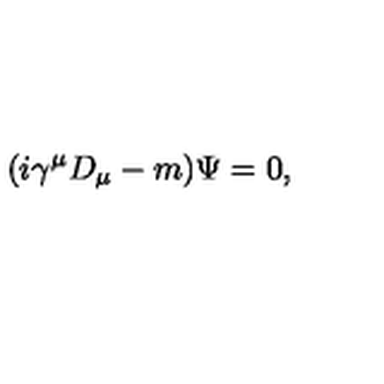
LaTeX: ( i \gamma ^ { \mu } D _ { \mu } - m ) \Psi = 0 ,